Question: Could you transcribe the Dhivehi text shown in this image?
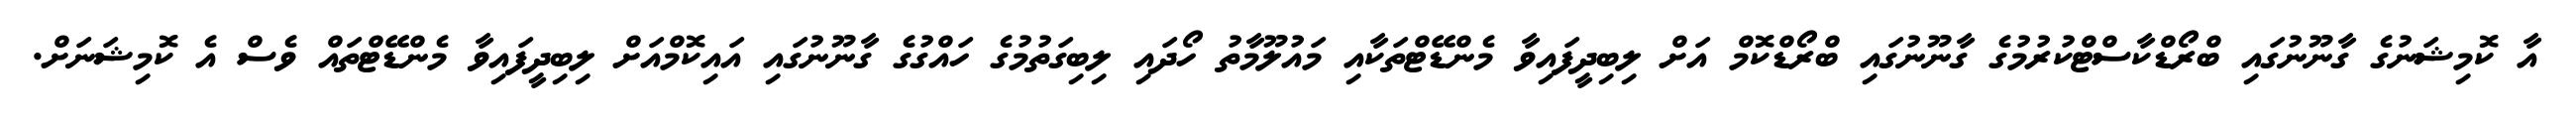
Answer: އާ ކޮމިޝަނުގެ ގާނޫނުގައި ބްރޯޑްކާސްޓްކުރުމުގެ ގާނޫނުގައި ބްރޯޑްކޮމް އަށް ލިބިދީފައިވާ މެންޑޭޓްތަކާއި މައުލޫމާތު ހޯދައި ލިބިގަތުމުގެ ހައްގުގެ ގާނޫނުގައި އައިކޮމްއަށް ލިބިދީފައިވާ މެންޑޭޓްތައް ވެސް އެ ކޮމިޝަނަށް.